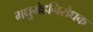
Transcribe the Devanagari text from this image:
मधुमेहनिरोधक